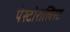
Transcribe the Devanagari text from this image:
पेस्टोरालिस्ट